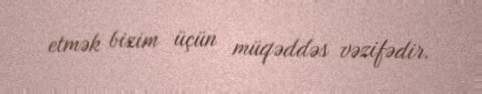
etmək bizim üçün müqəddəs vəzifədir.